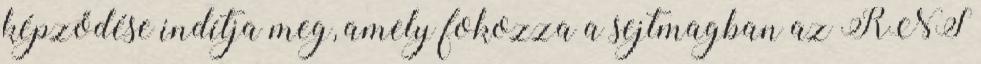
képződése indítja meg, amely fokozza a sejtmagban az RNS